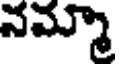
నమ్మా